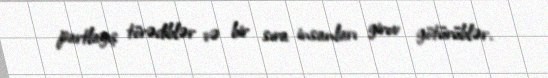
partlayış törədiblər və bir sıra insanları girov götürüblər.